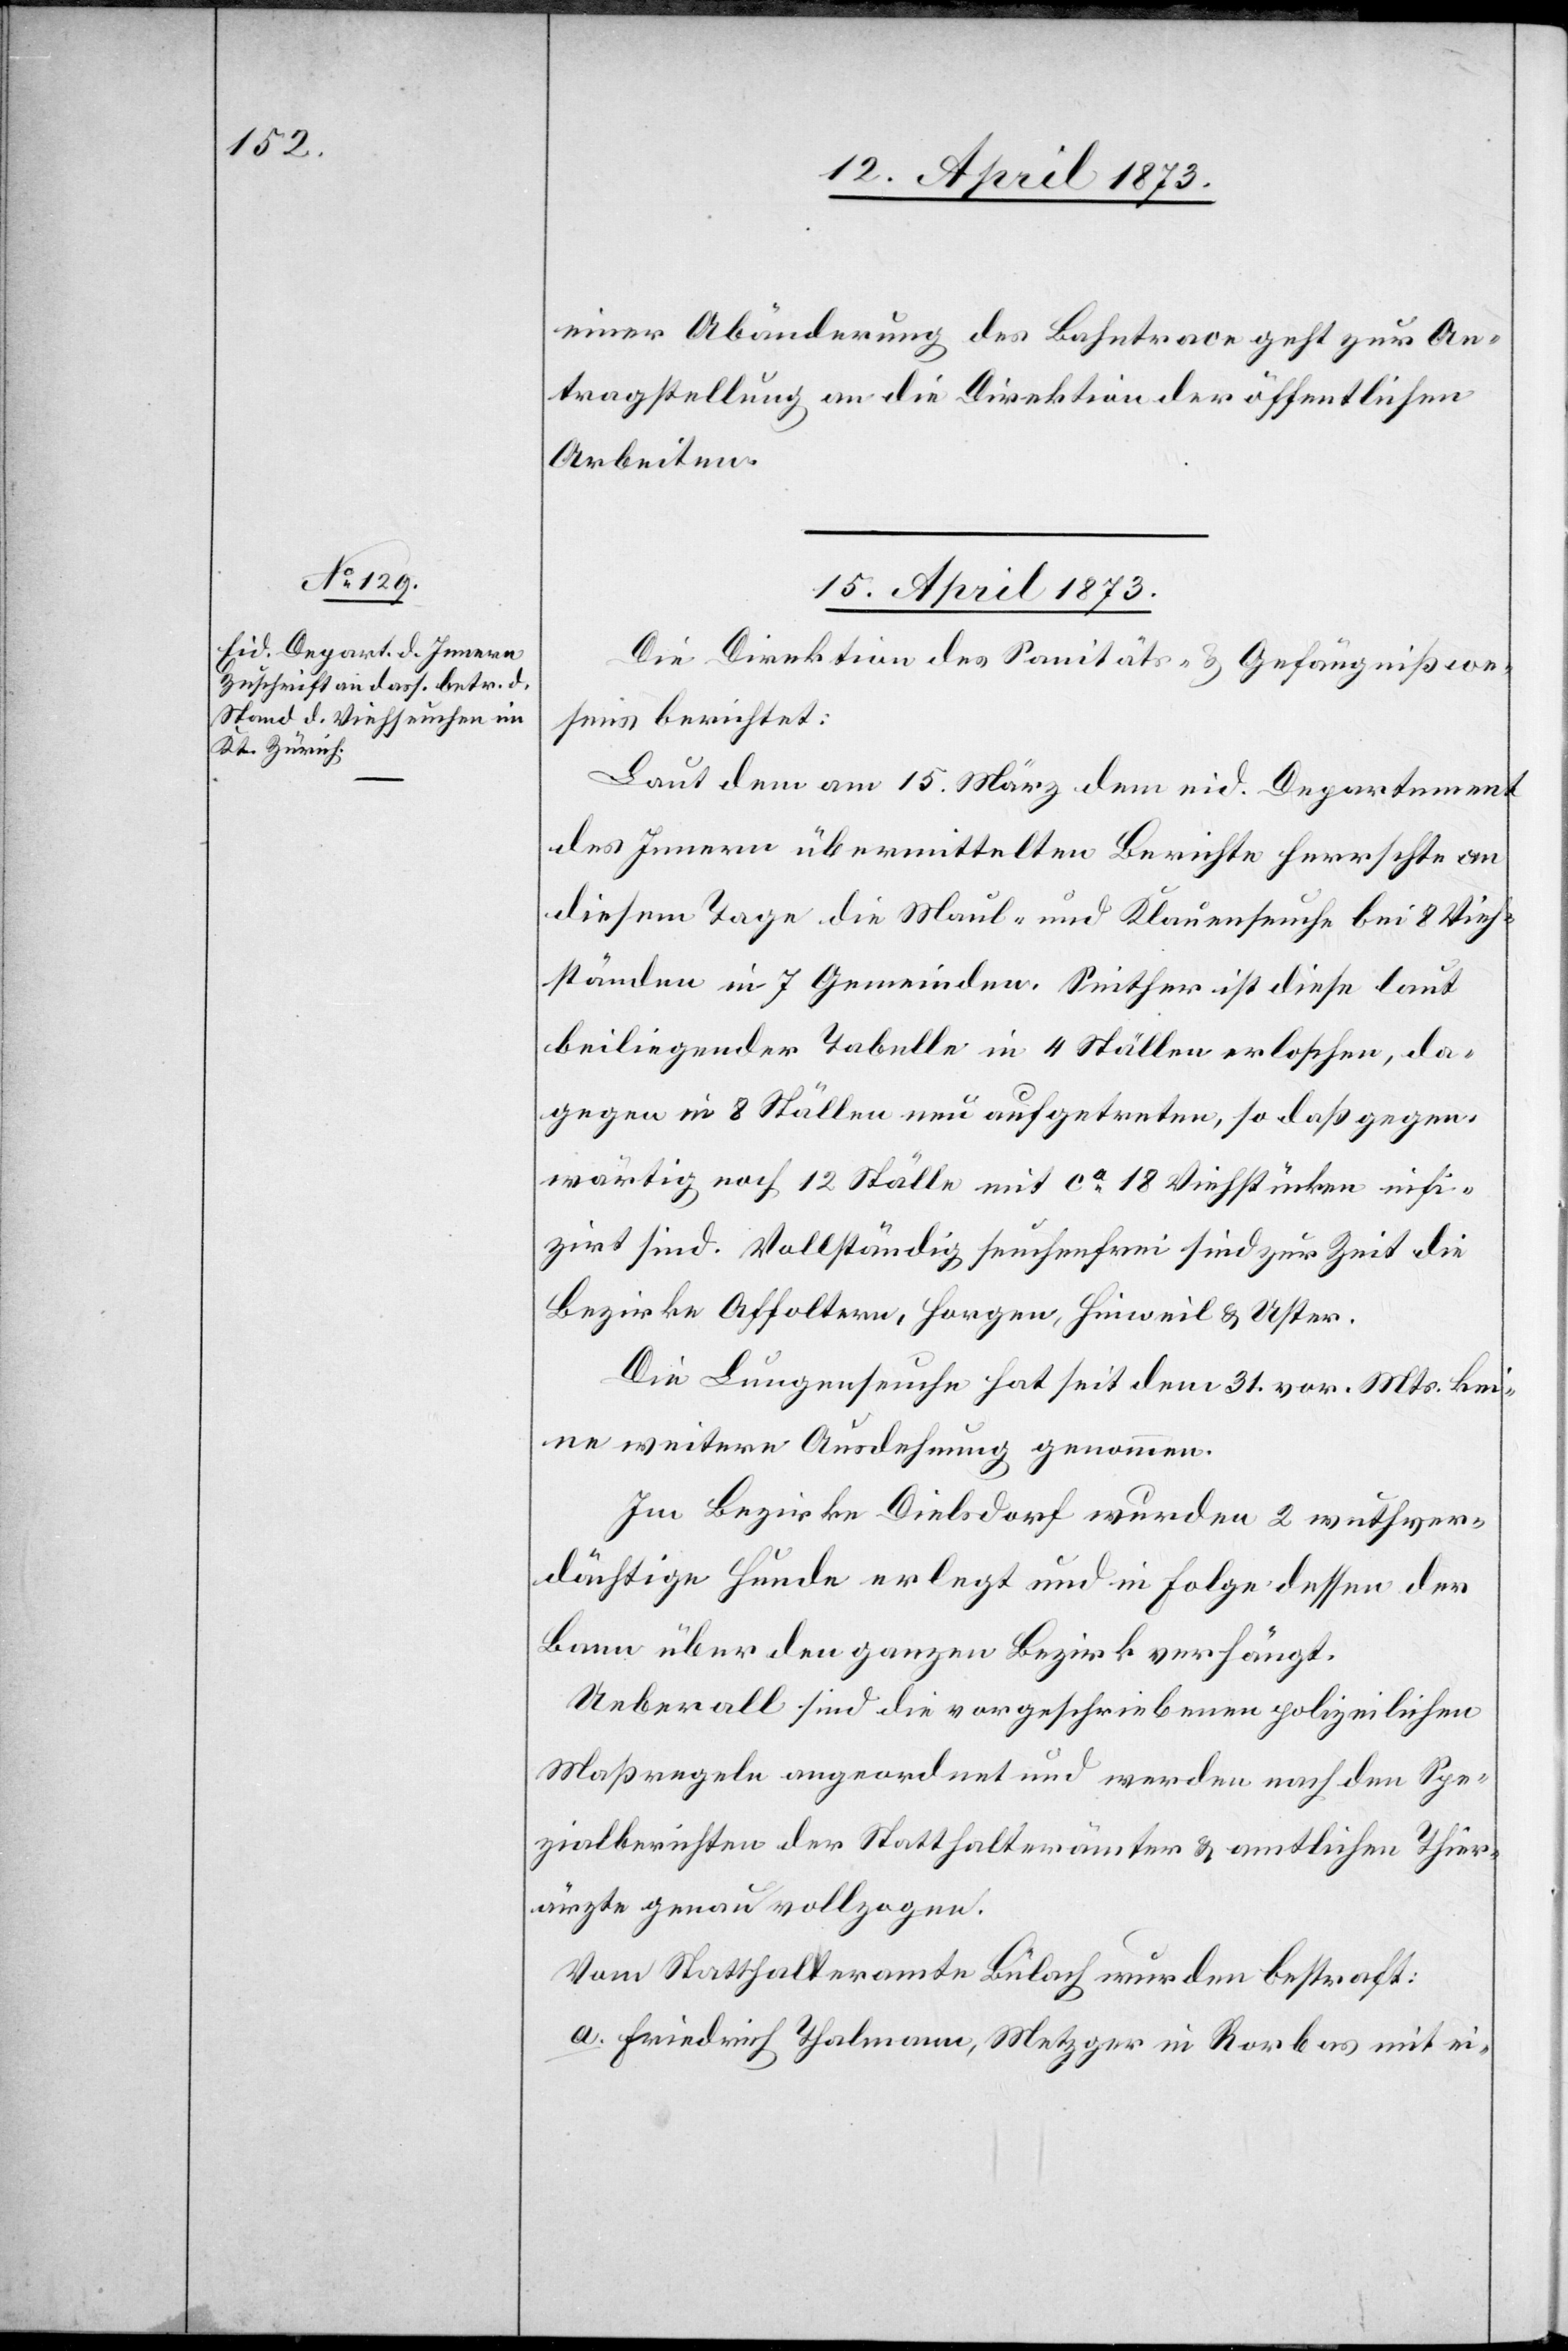
einer Abänderung des Bahntrace geht zur An¬
tragstellung an die Direktion der öffentlichen
Arbeiten.
15. April 1873.
Die Direktion des Sanitäts- & Gefängnißwe¬
sens berichtet:
Laut dem am 15. März dem eid. Departement
des Innern übermittelten Berichte herrschte an
diesem Tage die Maul- und Klauenseuche bei 8 Vieh¬
ständen in 7 Gemeinden. Seither ist diese laut
beiliegender Tabelle in 4 Ställen erloschen, da¬
gegen in 8 Ställen neu aufgetreten, so daß gegen¬
wärtig noch 12 Ställe mit ca 18 Viehstücken infi¬
zirt sind. Vollständig seuchenfrei sind zur Zeit die
Bezirke Affoltern, Horgen, Hinweil & Uster.
Die Lungenseuche hat seit dem 31. vor. Mts. kei¬
ne weitere Ausdehnung genommen.
Im Bezirke Dielsdorf wurden 2 wuthver¬
dächtige Hunde erlegt und in Folge dessen der
Bann über den ganzen Bezirk verhängt.
Ueberall sind die vorgeschriebenen polizeilichen
Maßregeln angeordnet und werden nach den Spe¬
zialberichten der Statthalterämter & amtlichen Thier¬
ärzte genau vollzogen.
Vom Statthalteramte Bülach wurden bestraft:
a. Friedrich Thalmann, Metzger in Rorbas mit ei-